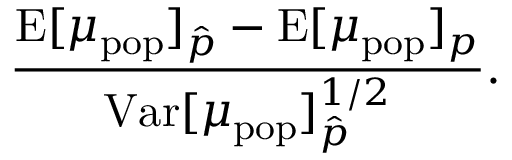
\frac { \mathrm { E } [ \mu _ { \mathrm { p o p } } ] _ { \hat { p } } - \mathrm { E } [ \mu _ { \mathrm { p o p } } ] _ { p } } { \mathrm { V a r } [ \mu _ { \mathrm { p o p } } ] _ { \hat { p } } ^ { 1 / 2 } } .